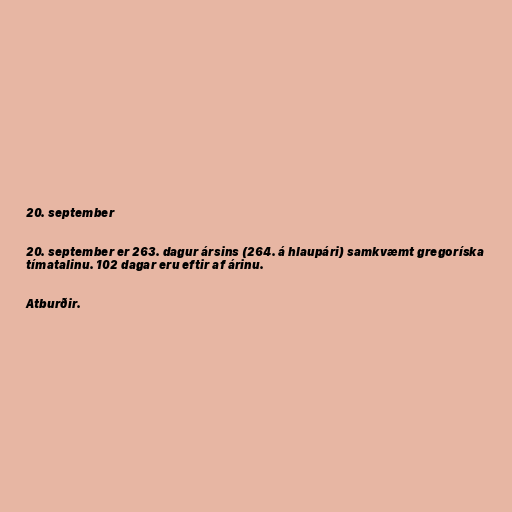
20. september

20. september er 263. dagur ársins (264. á hlaupári) samkvæmt gregoríska
tímatalinu. 102 dagar eru eftir af árinu.

Atburðir.